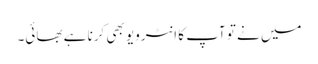
میں نے تو آپ کا انٹرویو بھی کرنا ہے بھائی۔